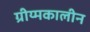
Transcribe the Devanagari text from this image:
ग्रीय्मकालीन